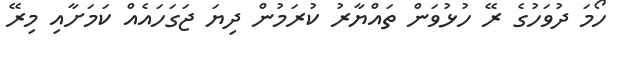
ހޯމަ ދުވަހުގެ ރޭ ހުޅުވަން ތައްޔާރު ކުރަމުން ދިޔަ ޖަގަހައެއް ކަމަށާއި މިރޭ